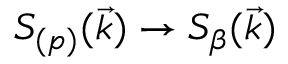
{ \cal S } _ { ( p ) } ( \vec { k } ) \to { \cal S } _ { \beta } ( \vec { k } )